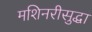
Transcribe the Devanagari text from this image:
मशिनरीसुद्धा